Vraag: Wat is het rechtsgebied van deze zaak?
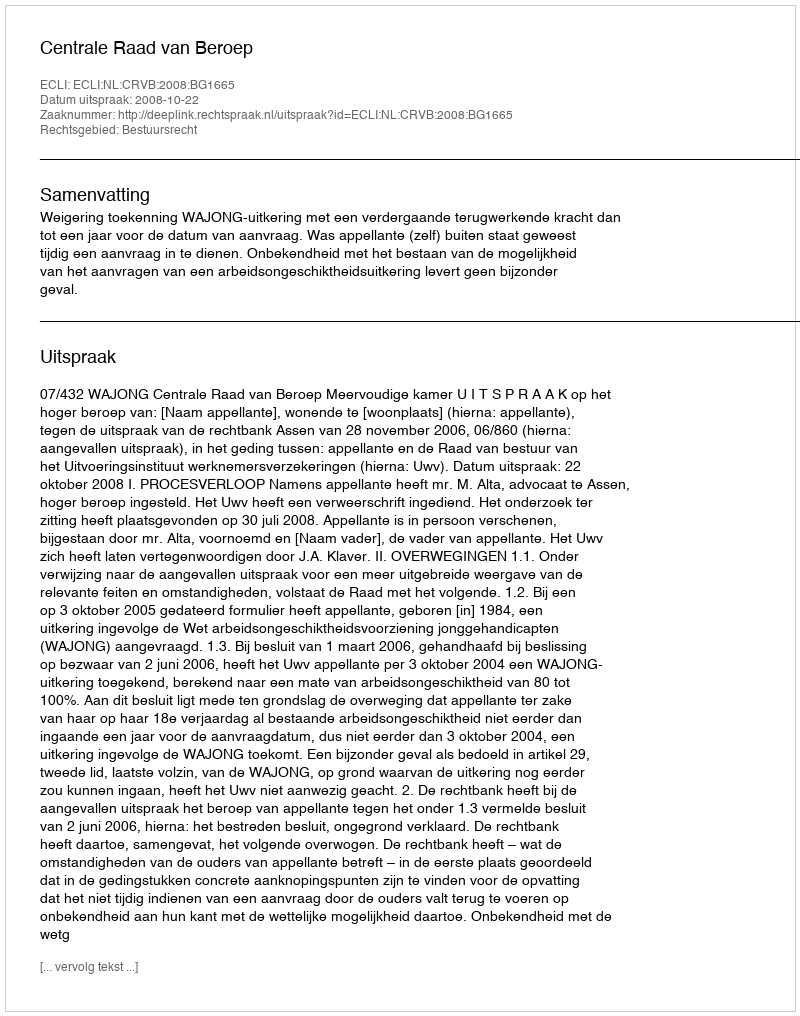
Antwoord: Bestuursrecht